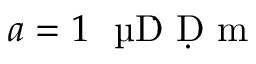
a = 1 ~ \textrm { \textmu Ḋ Ḍ m }